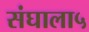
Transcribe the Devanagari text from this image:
संघाला५